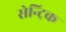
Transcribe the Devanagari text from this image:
सेन्ट्रिक